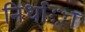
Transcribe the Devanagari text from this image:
निध्ाि